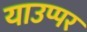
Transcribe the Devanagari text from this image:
याउप्पर